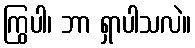
ကြွပါ၊ ဘာ ရှာပါသလဲ။